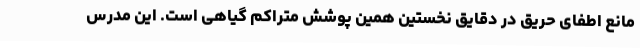
مانع اطفای حریق در دقایق نخستین همین پوشش متراکم گیاهی است. این مدرس